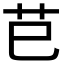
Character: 𦬊